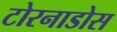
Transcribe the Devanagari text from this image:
टोरनाडोस